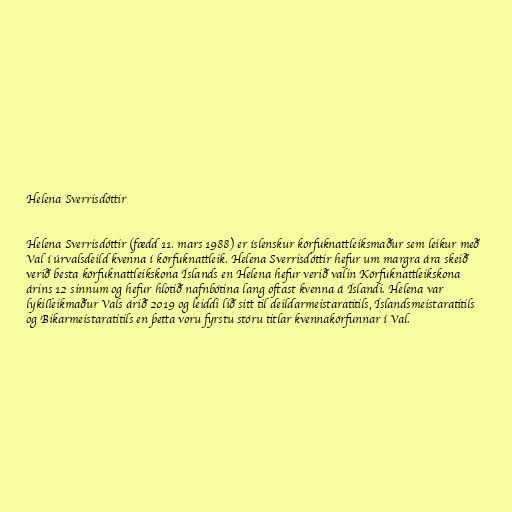
Helena Sverrisdóttir

Helena Sverrisdóttir (fædd 11. mars 1988) er íslenskur körfuknattleiksmaður sem leikur með
Val í úrvalsdeild kvenna í körfuknattleik. Helena Sverrisdóttir hefur um margra ára skeið
verið besta körfuknattleikskona Íslands en Helena hefur verið valin Körfuknattleikskona
árins 12 sinnum og hefur hlotið nafnbótina lang oftast kvenna á Íslandi. Helena var
lykilleikmaður Vals árið 2019 og leiddi lið sitt til deildarmeistaratitils, Íslandsmeistaratitils
og Bikarmeistaratitils en þetta voru fyrstu stóru titlar kvennakörfunnar í Val.